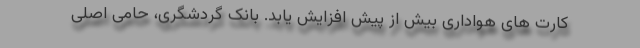
کارت های هواداری بیش از پیش افزایش یابد. بانک گردشگری، حامی اصلی